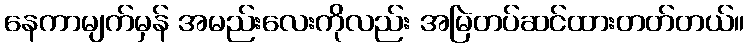
နေကာမျက်မှန် အမည်းလေးကိုလည်း အမြဲတပ်ဆင်ထားတတ်တယ်။